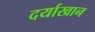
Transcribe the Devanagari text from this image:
दर्याखान